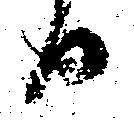
日